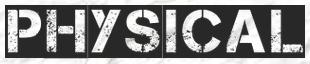
PHYSICAL